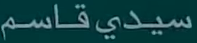
سیدی قاسم